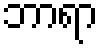
ဘာရာ